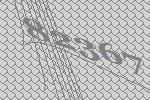
82367